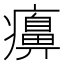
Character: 𤻖